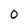
Character: 0